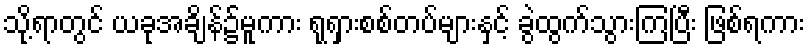
သို့ရာတွင် ယခုအချိန်၌မူကား ရုရှားစစ်တပ်များနှင့် ခွဲထွက်သွားကြပြီး ဖြစ်ရကား